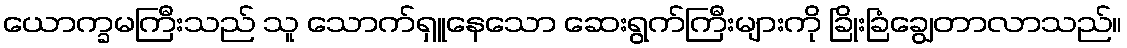
ယောက္ခမကြီးသည် သူ သောက်ရှူနေသော ဆေးရွက်ကြီးများကို ခြိုးခြံချွေတာလာသည်။